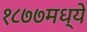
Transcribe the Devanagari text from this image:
१८७७मध्ये